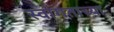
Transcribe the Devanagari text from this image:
स्वागताच्या